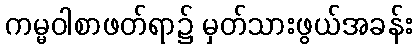
ကမ္မဝါစာဖတ်ရာ၌ မှတ်သားဖွယ်အခန်း